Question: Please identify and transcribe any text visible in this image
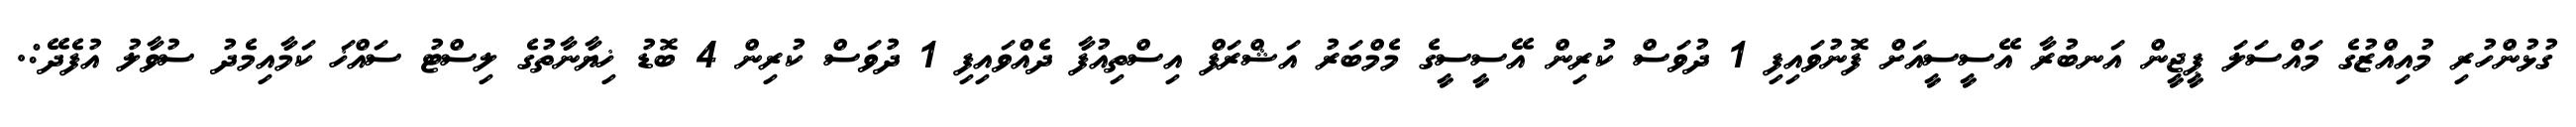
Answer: ގުޅުންހުރި މުއިއްޒުގެ މައްސަލަ ޕީޖީން އަނބުރާ އޭސީސީއަށް ފޮނުވައިފި 1 ދުވަސް ކުރިން އޭސީސީގެ މެމްބަރު އަޝްރަފް އިސްތިއުފާ ދެއްވައިފި 1 ދުވަސް ކުރިން 4 ބޮޑު ޚިޔާނާތުގެ ލިސްޓު ސައްޚަ ކަމާއިމެދު ސުވާލު އުފެދޭ:.